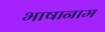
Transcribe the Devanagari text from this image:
भाषानाम